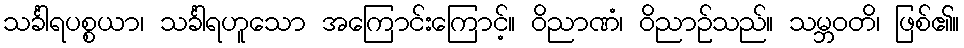
သင်္ခါရပစ္စယာ၊ သင်္ခါရဟူသော အကြောင်းကြောင့်။ ဝိညာဏံ၊ ဝိညာဉ်သည်။ သမ္ဘဝတိ၊ ဖြစ်၏။